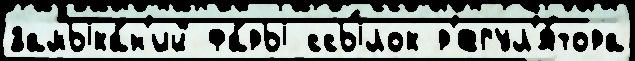
замыка́н'ий фа́ры ссы́лок р'егул'я́тора